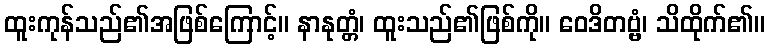
ထူးကုန်သည်၏အဖြစ်ကြောင့်။ နာနုတ္တံ၊ ထူးသည်၏ဖြစ်ကို။ ဝေဒိတဗ္ဗံ၊ သိထိုက်၏။